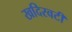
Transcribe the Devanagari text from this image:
खदिरवटी